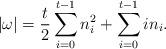
LaTeX: \begin{align*}|\omega|=\frac{t}{2}\sum_{i=0}^{t-1} n_i^2+\sum_{i=0}^{t-1} i n_i.\end{align*}